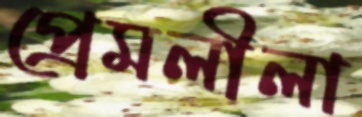
প্রেমলীলা